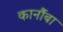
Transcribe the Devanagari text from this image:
कार्नौबा